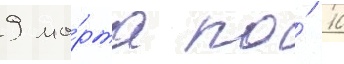
9 ма́рта по́ 10